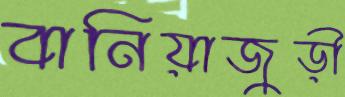
বানিয়াজুড়ী